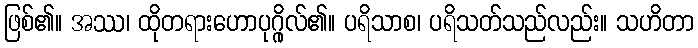
ဖြစ်၏။ အဿ၊ ထိုတရားဟောပုဂ္ဂိုလ်၏။ ပရိသာစ၊ ပရိသတ်သည်လည်း။ သဟိတာ